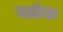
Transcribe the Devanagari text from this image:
ब्ला॓क